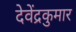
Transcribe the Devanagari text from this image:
देवेंद्रकुमार